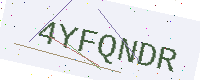
Text: 4YFQNDR